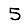
Digit: 5